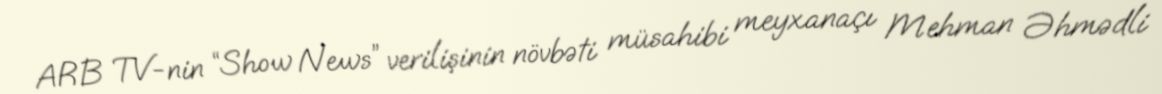
ARB TV-nin “Show News” verilişinin növbəti müsahibi meyxanaçı Mehman Əhmədli